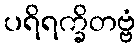
ပရိရက္ခိတဗ္ဗံ